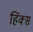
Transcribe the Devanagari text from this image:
हिंक्स